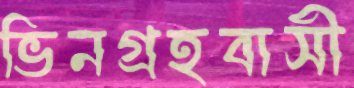
ভিনগ্রহবাসী